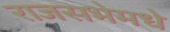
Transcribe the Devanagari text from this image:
राजसभेमधे